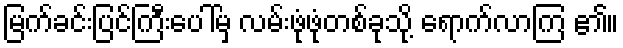
မြက်ခင်းပြင်ကြီးပေါ်မှ လမ်းဖုံဖုံတစ်ခုသို့ ရောက်လာကြ ၏။